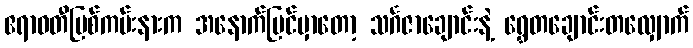
ဧရာဝတီမြစ်ကမ်းနားက အနောက်ပြင်မှာတော့ သင်္ဂဇာချောင်းနဲ့ ရွှေတချောင်းတလျှောက်